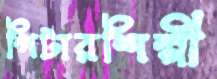
গিটারশিল্পী